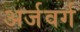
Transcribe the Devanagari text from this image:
अर्जवर्ग